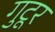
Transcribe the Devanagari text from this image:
गुटूर